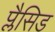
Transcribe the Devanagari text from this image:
प्लैसिड